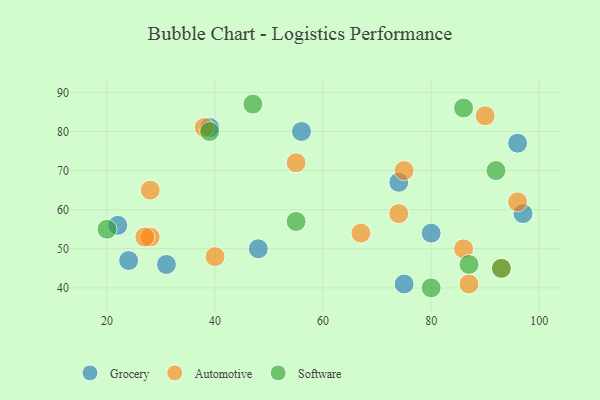
{"axis": {"x": "GDP", "y": "Life Expectancy"}, "legend": ["Automotive", "Grocery", "Software"], "data": [{"x": "56", "y": 80, "type": "Grocery"}, {"x": "96", "y": 77, "type": "Grocery"}, {"x": "39", "y": 81, "type": "Grocery"}, {"x": "22", "y": 56, "type": "Grocery"}, {"x": "48", "y": 50, "type": "Grocery"}, {"x": "75", "y": 41, "type": "Grocery"}, {"x": "80", "y": 54, "type": "Grocery"}, {"x": "31", "y": 46, "type": "Grocery"}, {"x": "24", "y": 47, "type": "Grocery"}, {"x": "74", "y": 67, "type": "Grocery"}, {"x": "97", "y": 59, "type": "Grocery"}, {"x": "67", "y": 54, "type": "Automotive"}, {"x": "96", "y": 62, "type": "Automotive"}, {"x": "38", "y": 81, "type": "Automotive"}, {"x": "40", "y": 48, "type": "Automotive"}, {"x": "93", "y": 45, "type": "Automotive"}, {"x": "28", "y": 65, "type": "Automotive"}, {"x": "75", "y": 70, "type": "Automotive"}, {"x": "86", "y": 50, "type": "Automotive"}, {"x": "87", "y": 41, "type": "Automotive"}, {"x": "28", "y": 53, "type": "Automotive"}, {"x": "90", "y": 84, "type": "Automotive"}, {"x": "55", "y": 72, "type": "Automotive"}, {"x": "74", "y": 59, "type": "Automotive"}, {"x": "27", "y": 53, "type": "Automotive"}, {"x": "39", "y": 80, "type": "Software"}, {"x": "87", "y": 46, "type": "Software"}, {"x": "80", "y": 40, "type": "Software"}, {"x": "92", "y": 70, "type": "Software"}, {"x": "86", "y": 86, "type": "Software"}, {"x": "47", "y": 87, "type": "Software"}, {"x": "55", "y": 57, "type": "Software"}, {"x": "93", "y": 45, "type": "Software"}, {"x": "20", "y": 55, "type": "Software"}]}